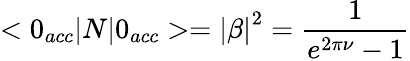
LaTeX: <0_{acc}|N|0_{acc}>=\left|\beta\right|^{2}=\frac{1}{e^{2\pi\nu}-1}